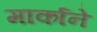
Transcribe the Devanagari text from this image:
मार्काने